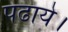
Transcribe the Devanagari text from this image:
पढाये।